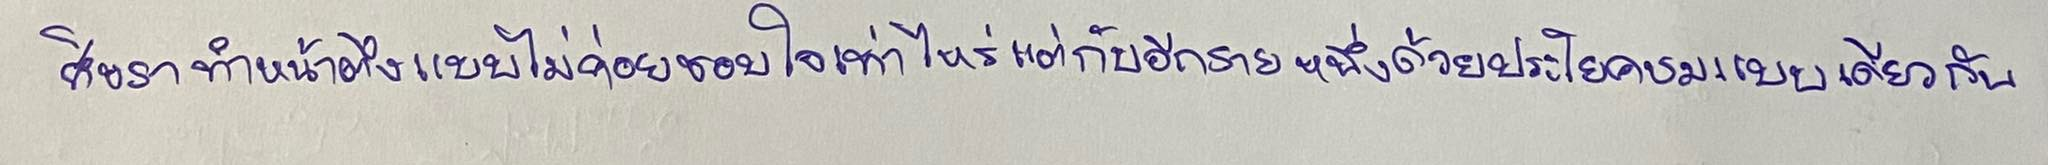
ศิขราทำหน้าตึงแบบไม่ค่อยชอบใจเท่าไหร่แต่กับอีกรายหนึ่งด้วยประโยคชมแบบเดียวกัน